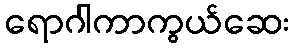
ရောဂါကာကွယ်ဆေး